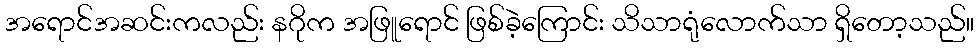
အရောင်အဆင်းကလည်း နဂိုက အဖြူရောင် ဖြစ်ခဲ့ကြောင်း သိသာရုံလောက်သာ ရှိတော့သည်။